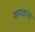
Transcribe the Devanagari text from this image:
समकता